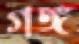
গঙ্গ